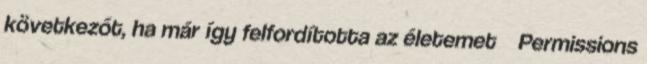
következőt, ha már így felfordította az életemet Permissions